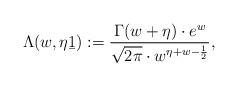
LaTeX: \begin{align*}\Lambda(w,\eta\b 1):=\frac{\Gamma(w+\eta)\cdot e^w}{\sqrt{2\pi}\cdot w^{\eta+w-\frac{1}{2}}},\end{align*}